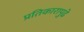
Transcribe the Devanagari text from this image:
प्रतिकारापुढे